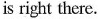
is right there.